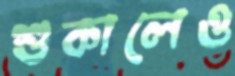
শুকালেও